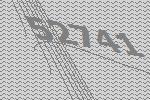
52741